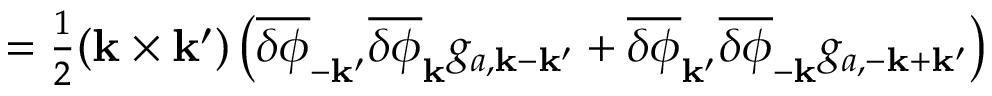
\begin{array} { r } { = \frac { 1 } { 2 } ( { \bf k } \times { \bf k } ^ { \prime } ) \left( \overline { { \delta \phi } } _ { - { \bf k } ^ { \prime } } \overline { { \delta \phi } } _ { \bf k } g _ { a , { \bf k } - { \bf k } ^ { \prime } } + \overline { { \delta \phi } } _ { { \bf k } ^ { \prime } } \overline { { \delta \phi } } _ { - \bf k } g _ { a , { - \bf k } + { \bf k } ^ { \prime } } \right) } \end{array}